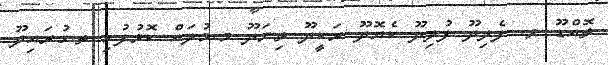
ތޮއްޑޫ ވ. ފެލިދޫ ފުލިދޫ ކެޔޮދޫ ރަކީދޫ ތިނަދޫ މ.މުލައް ކޮޅުފުށި ތ.ގުރައިދޫ